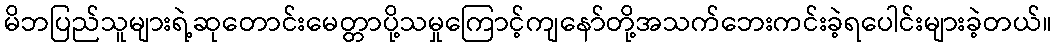
မိဘပြည်သူများရဲ့ဆုတောင်းမေတ္တာပို့သမှုကြောင့်ကျနော်တို့အသက်ဘေးကင်းခဲ့ရပေါင်းများခဲ့တယ်။